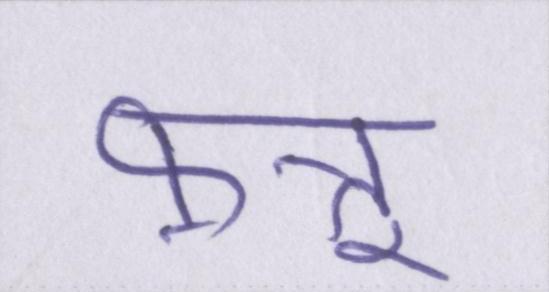
फ़त्तू